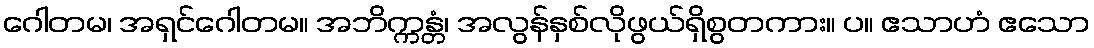
ဂေါတမ၊ အရှင်ဂေါတမ။ အဘိက္ကန္တံ၊ အလွန်နှစ်လိုဖွယ်ရှိစွတကား။ ပ။ ဧသာဟံ ဧသော